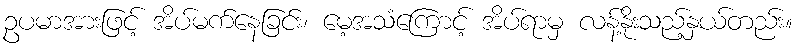
ဥပမာအားဖြင့် အိပ်မက်နေခြင်း၊ မေ့အသံကြောင့် အိပ်ရာမှ လန့်နိုးသည့်နှယ်တည်း။